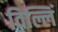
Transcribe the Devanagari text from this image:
विल्लिं